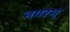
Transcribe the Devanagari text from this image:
नगरम्